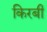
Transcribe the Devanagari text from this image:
किरबी